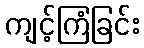
ကျင့်ကြံခြင်း